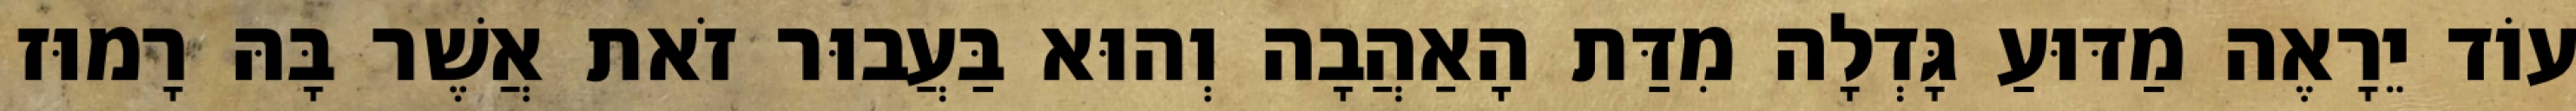
עוֹד יֵרָאֶה מַדּוּעַ גָּדְלָה מִדַּת הָאַהֲבָה וְהוּא בַּעֲבוּר זֹאת אֲשֶׁר בָּהּ רָמוּז